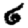
Digit: 6